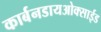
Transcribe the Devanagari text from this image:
कार्बनडायओक्साईड